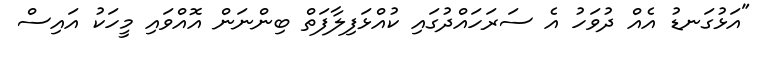
"އަޅުގަނޑު އެއް ދުވަހު އެ ސަރަހައްދުގައި ކުއްޅަފިލާފަތް ބިންނަން އޮއްވައި މީހަކު އައިސް